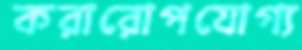
করারোপযোগ্য